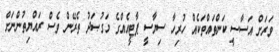
ވަރަށް އަސާސީ ކަންތައްތަކެއް ހުރިހާ ސިޔާސީ ޕާޓީއެއްގެ މަގުޞަދު ތެރޭން ވެސް ރައްޔިތުންނަށް